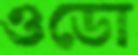
ওডো